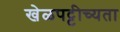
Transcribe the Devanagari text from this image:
खेळपट्टीच्यता